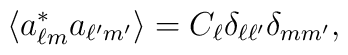
\langle a^*_{\ell m}a_{\ell^{\prime}m^{\prime}} \rangle = C_\ell\delta_{\ell\ell^{\prime}}\delta_{mm^{\prime}},